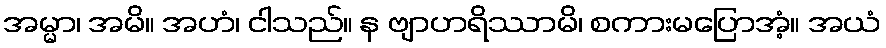
အမ္မာ၊ အမိ။ အဟံ၊ ငါသည်။ န ဗျာဟရိဿာမိ၊ စကားမပြောအံ့။ အယံ